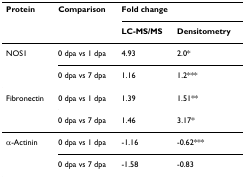
<table><thead><tr><td><b>Protein</b></td><td><b>Comparison</b></td><td colspan="2"><b>Fold change</b></td></tr><tr><td>[EMPTY_CELL]</td><td>[EMPTY_CELL]</td><td><b>LC-MS/MS</b></td><td><b>Densitometry</b></td></tr></thead><tbody><tr><td>NOS1</td><td>0 dpa vs 1 dpa</td><td>4.93</td><td>2.0*</td></tr><tr><td>[EMPTY_CELL]</td><td>0 dpa vs 7 dpa</td><td>1.16</td><td>1.2***</td></tr><tr><td>Fibronectin</td><td>0 dpa vs 1 dpa</td><td>1.39</td><td>1.51**</td></tr><tr><td>[EMPTY_CELL]</td><td>0 dpa vs 7 dpa</td><td>1.46</td><td>3.17*</td></tr><tr><td>α-Actinin</td><td>0 dpa vs 1 dpa</td><td>-1.16</td><td>-0.62***</td></tr><tr><td>[EMPTY_CELL]</td><td>0 dpa vs 7 dpa</td><td>-1.58</td><td>-0.83</td></tr></tbody></table>